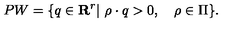
P W = \{ q \in { \bf R } ^ { r } | \ \rho \cdot q > 0 , \quad \rho \in \Pi \} .